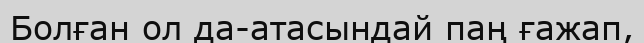
Болған ол да-атасындай паң ғажап,